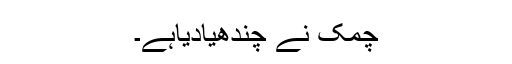
چمک نے چندھیادیاہے۔